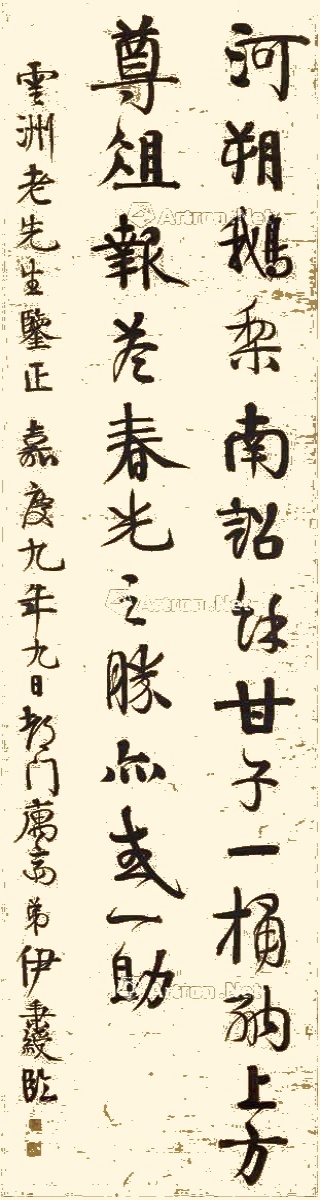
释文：河朔鹅梨，南诏余甘子一桶，纳上方尊俎，报答春光之胜，亦或一助。云洲老先生鉴正。嘉庆九年九日都门寓斋，弟伊秉绶临。